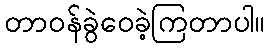
တာဝန်ခွဲဝေခဲ့ကြတာပါ။